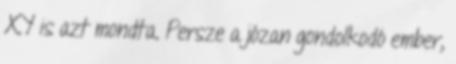
XY is azt mondta. Persze a józan gondolkodó ember,